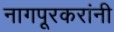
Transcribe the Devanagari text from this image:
नागपूरकरांनी